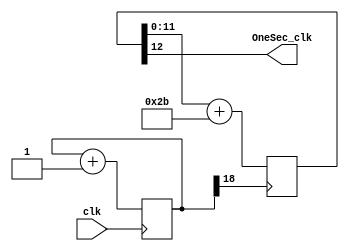
module seconder( 
    input clk,
    output OneSec_clk
); 
    reg [18:0] pre; 
    reg [12:0] pos; 

    always @(posedge clk)
    begin 
    	pre <= pre+1; 
    end 

    always @(posedge pre[18])
    begin 
    	pos <= pos[11:0]+43; 
    end

    assign OneSec_clk = pos[12];
    endmodule